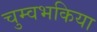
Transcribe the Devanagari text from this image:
चुम्वभकिया